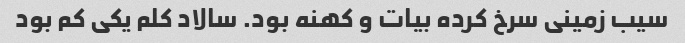
سیب زمینی سرخ کرده بیات و کهنه بود. سالاد کلم یکی کم بود